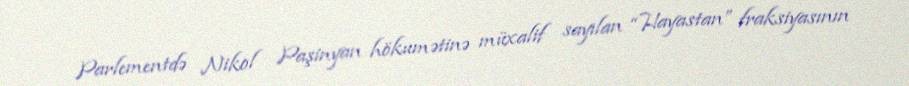
Parlementdə Nikol Paşinyan hökumətinə müxalif sayılan “Hayastan” fraksiyasının